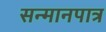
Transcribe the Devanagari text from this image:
सन्‍मानपात्र